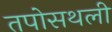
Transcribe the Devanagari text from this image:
तपोसथली